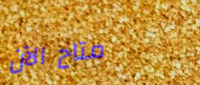
متاح الآن